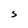
Character: s